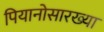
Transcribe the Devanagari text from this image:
पियानोसारख्या